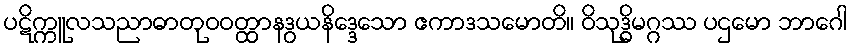
ပဋိက္ကူလသညာဓာတုဝဝတ္ထာနဒွယနိဒ္ဒေသော ဧကာဒသမောတိ။ ဝိသုဒ္ဓိမဂ္ဂဿ ပဌမော ဘာဂေါ